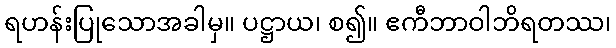
ရဟန်းပြုသောအခါမှ။ ပဋ္ဌာယ၊ စ၍။ ဧကီဘာဝါဘိရတဿ၊